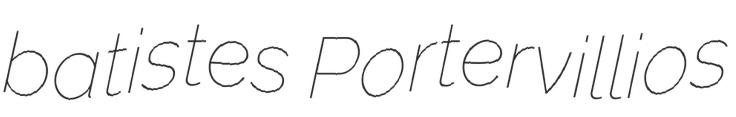
batistes Portervillios